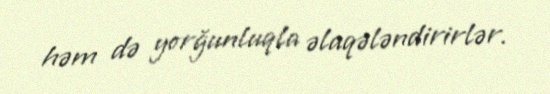
həm də yorğunluqla əlaqələndirirlər.